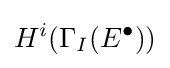
H^{i}(\Gamma _{I}(E^{\bullet }))